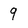
Character: 9